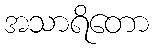
အသာရိတော